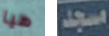
هيا مسجد